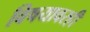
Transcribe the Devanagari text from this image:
विषयावरही